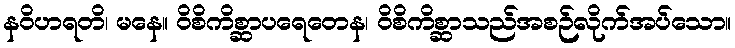
နဝိဟရတိ၊ မနေ။ ဝိစိကိစ္ဆာပရေတေန၊ ဝိစိကိစ္ဆာသည်အစဉ်လိုက်အပ်သော။